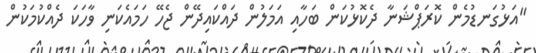
"އަޅުގަނޑުމެން ކޮރަޕްޝަނާ ދެކޮޅުކަން ބަހާއި އަމަލުން ދައްކައިދޭން ޖެހޭ ހަމައެކަނި ވާހަކަ ދެއްކުމަކުން